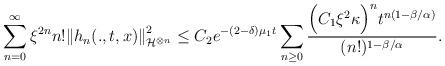
LaTeX: \begin{align*}\sum_{n=0}^{\infty}\xi^{2n} n!{\|h_n(.,t,x)\|}_{\mathcal{H}^{\otimes n}}^2 \leq C_2 e^{-(2-\delta)\mu_1 t}\sum_{n\geq 0}\frac{\Big(C_1\xi^{2}\kappa\Big)^n t^{n(1-\beta/\alpha)}}{(n!)^{1-\beta/\alpha}}.\end{align*}